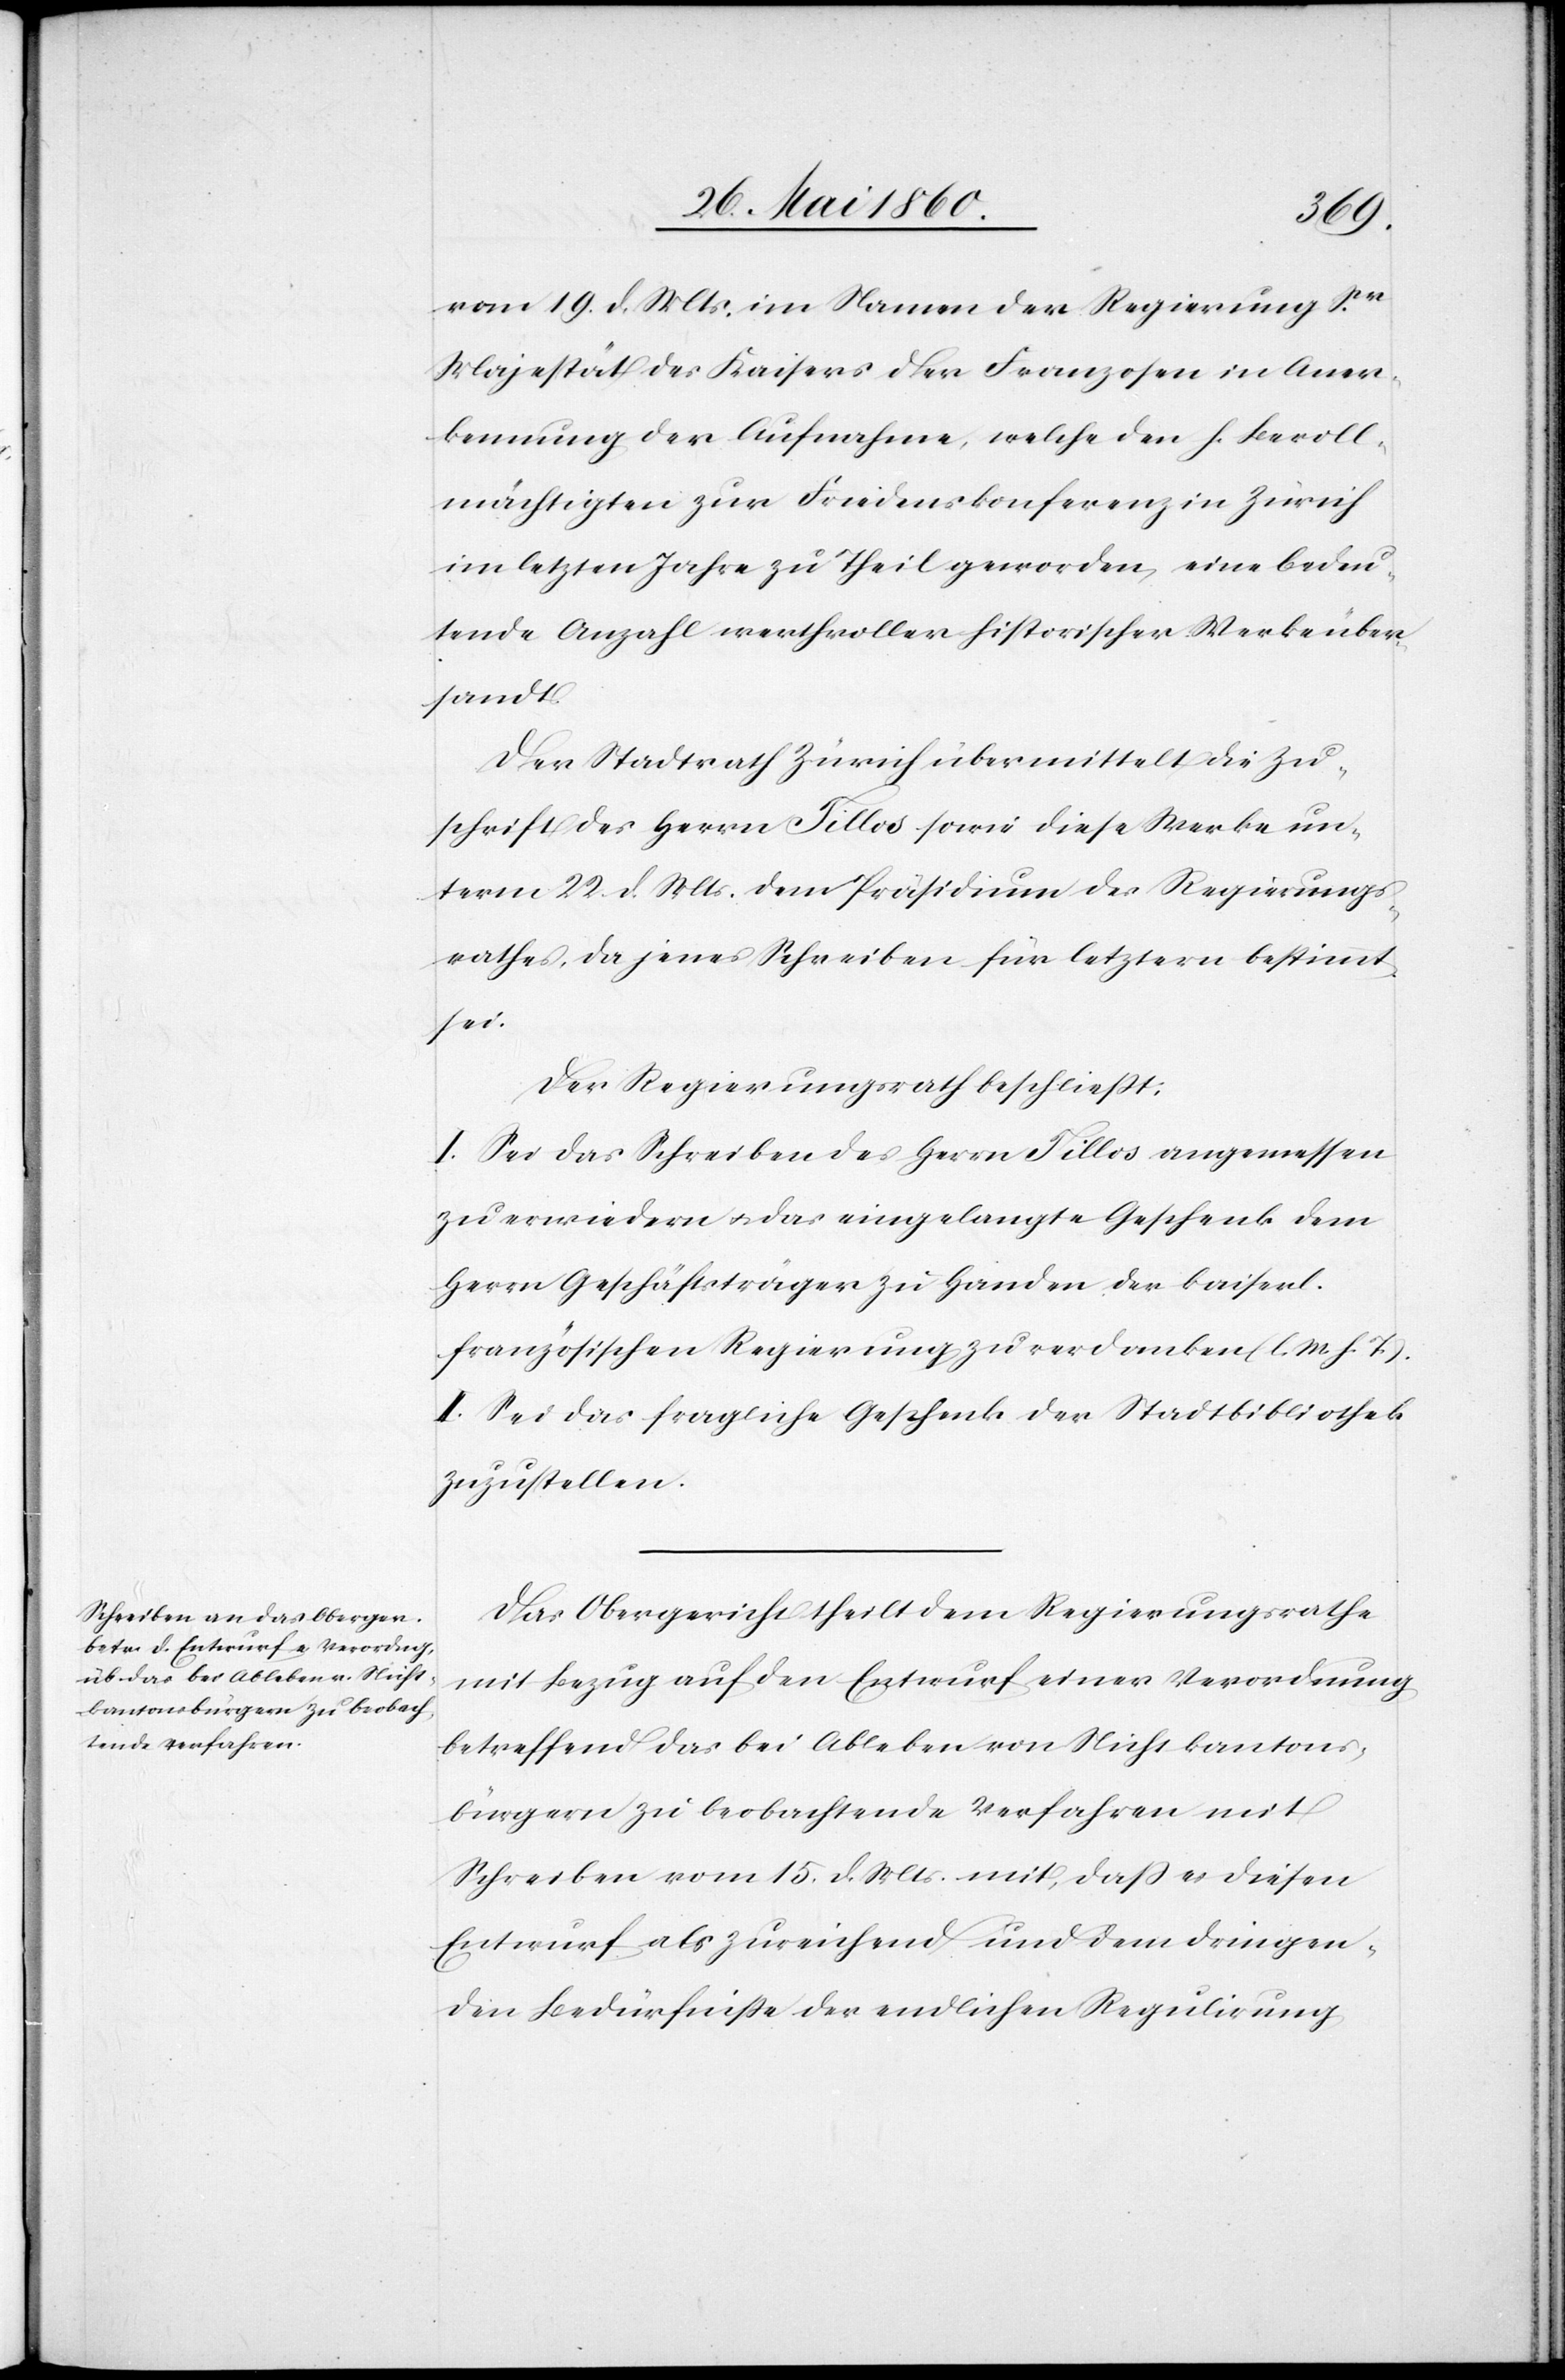
vom 19. d. Mts. im Namen der Regierung Ser
Majestät des Kaisers der Franzosen in Aner¬
kennung der Aufnahme, welche den h. Bevoll¬
mächtigten zur Friedenskonferenz in Zürich
im letzten Jahre zu Theil geworden, eine bedeu¬
tende Anzahl werthvoller historischer Werke über¬
sandt.
Der Stadtrath Zürich übermittelt die Zu¬
schrift des Herrn Tillos sowie diese Werke un¬
term 22. d. Mts. dem Präsidium des Regierungs¬
rathes, da jenes Schreiben für letztern bestimmt
sei.
Der Regierungsrath beschliesst:
I. Sei das Schreiben des Herrn Tillos angemessen
zu erwiedern u. das eingelangte Geschenk dem
Herrn Geschäftsträger zu Handen der kaiserl.
französischen Regierung zu verdanken. (l. M. h. T.)
II. Sei das fragliche Geschenk der Stadtbibliothek
zuzustellen.
Das Obergericht theilt dem Regierungsrathe
mit Bezug auf den Entwurf einer Verordnung
betreffend das bei Ableben von Nichtskantons¬
bürgern zu beobachtende Verfahren mit
Schreiben vom 15. d. Mts. mit, dass es diesen
Entwurf als zureichend und dem dringen¬
den Bedürfnisse der endlichen Regulirung